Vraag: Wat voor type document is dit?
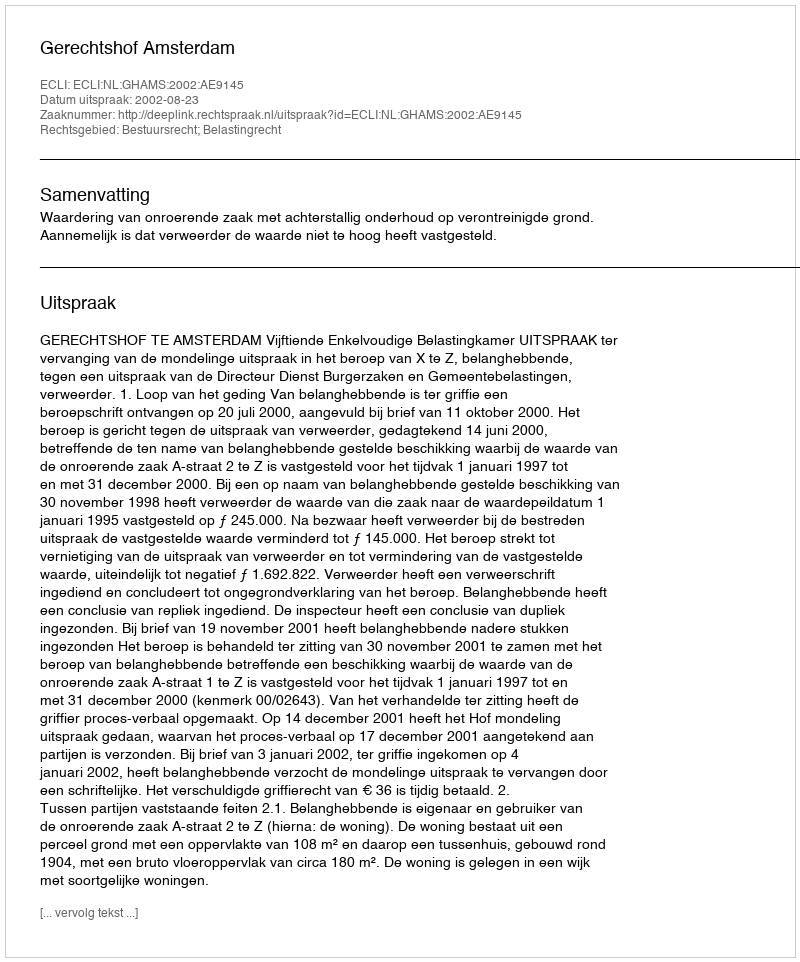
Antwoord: Uitspraak